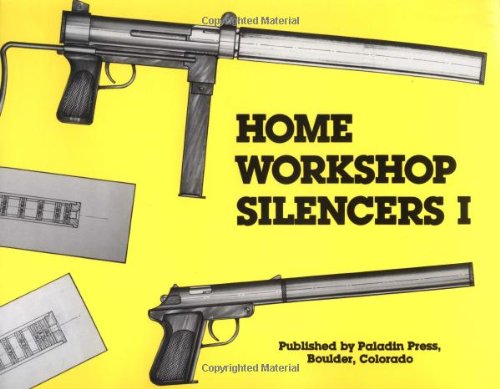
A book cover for Home Workshop Silencers I; Joe Ramos; Crafts, Hobbies & Home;